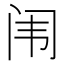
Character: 闱